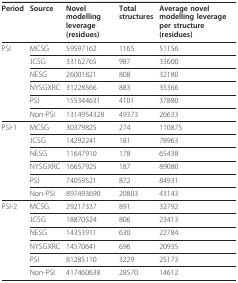
| Period | Source | Novel modelling leverage (residues) | Total structures | Average novel modelling leverage per structure (residues) |
 | --- | --- | --- | --- | --- |
 | PSI | MCSG | 59597162 | 1165 | 51156 |
 |  | JCSG | 33162765 | 987 | 33600 |
 |  | NESG | 26001821 | 808 | 32180 |
 |  | NYSGXRC | 31228566 | 883 | 35366 |
 |  | PSI | 155344631 | 4101 | 37880 |
 |  | Non-PSI | 1314954328 | 49373 | 26633 |
 | PSI-1 | MCSG | 30379825 | 274 | 110875 |
 |  | JCSG | 14292241 | 181 | 78963 |
 |  | NESG | 11647910 | 178 | 65438 |
 |  | NYSGXRC | 16657925 | 187 | 89080 |
 |  | PSI | 74059521 | 872 | 84931 |
 |  | Non-PSI | 897493690 | 20803 | 43143 |
 | PSI-2 | MCSG | 29217337 | 891 | 32792 |
 |  | JCSG | 18870524 | 806 | 23413 |
 |  | NESG | 14353911 | 630 | 22784 |
 |  | NYSGXRC | 14570641 | 696 | 20935 |
 |  | PSI | 81285110 | 3229 | 25173 |
 |  | Non-PSI | 417460638 | 28570 | 14612 |